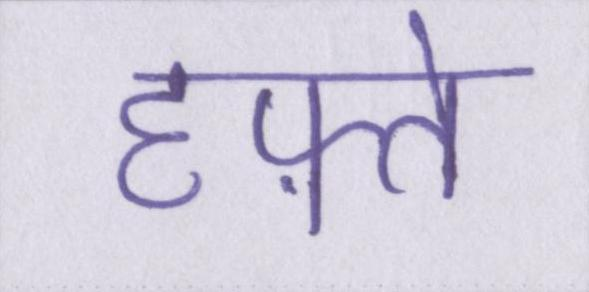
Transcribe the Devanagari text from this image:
हफ़्ते